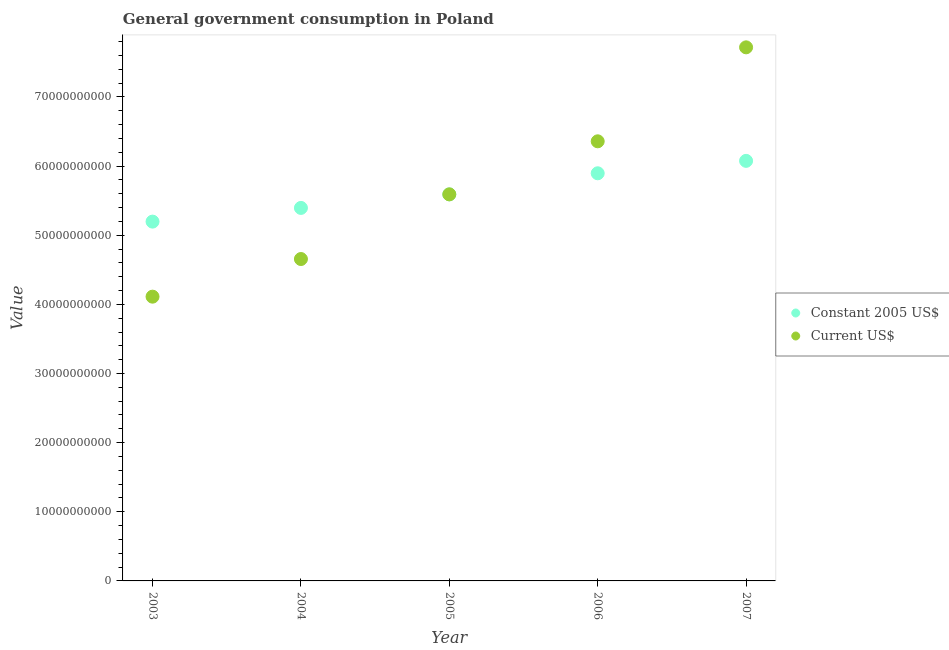
| Year | Constant 2005 US$ | Current US$ |
 | --- | --- | --- |
 | 2003 | 5.2e+10 | 4.11e+10 |
 | 2004 | 5.39e+10 | 4.66e+10 |
 | 2005 | 5.59e+10 | 5.59e+10 |
 | 2006 | 5.9e+10 | 6.36e+10 |
 | 2007 | 6.08e+10 | 7.72e+10 |